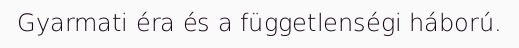
Gyarmati éra és a függetlenségi háború.